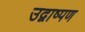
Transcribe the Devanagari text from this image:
उद्वाष्पण